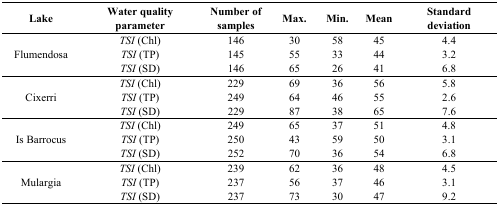
| Lake | Water quality parameter | Number of samples | Max. | Min. | Mean | Standard deviation |
 | --- | --- | --- | --- | --- | --- | --- |
 | <ROWSPAN=3> Flumendosa | TSI (Chl) | 146 | 30 | 58 | 45 | 4.4 |
 | TSI (TP) | 145 | 55 | 33 | 44 | 3.2 |
 | TSI (SD) | 146 | 65 | 26 | 41 | 6.8 |
 | <ROWSPAN=3> Cixerri | TSI (Chl) | 229 | 69 | 36 | 56 | 5.8 |
 | TSI (TP) | 249 | 64 | 46 | 55 | 2.6 |
 | TSI (SD) | 229 | 87 | 38 | 65 | 7.6 |
 | <ROWSPAN=3> Is Barrocus | TSI (Chl) | 249 | 65 | 37 | 51 | 4.8 |
 | TSI (TP) | 250 | 43 | 59 | 50 | 3.1 |
 | TSI (SD) | 252 | 70 | 36 | 54 | 6.8 |
 | <ROWSPAN=3> Mulargia | TSI (Chl) | 239 | 62 | 36 | 48 | 4.5 |
 | TSI (TP) | 237 | 56 | 37 | 46 | 3.1 |
 | TSI (SD) | 237 | 73 | 30 | 47 | 9.2 |